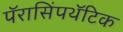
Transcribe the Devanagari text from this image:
पॅरासिंपथॅटिक